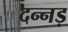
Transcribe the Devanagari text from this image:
दन्नड़